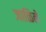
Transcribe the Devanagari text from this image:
जाळिले